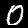
Label: 0